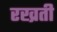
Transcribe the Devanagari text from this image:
रख्रती